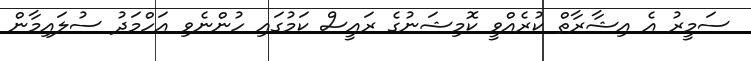
ސަމީރު އެ އިޝާރާތް ކުރެއްވީ ކޮމިޝަނުގެ ރައީސް ކަމުގައި ހުންނެވި އަހްމަދު ސުލައިމާން